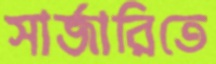
সার্জারিতে